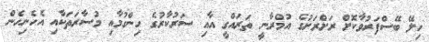
ހިލޭ ބޭސްފަރުވާކޮށް ރަށްރަށުގެ އުމްރާނީ ތަރައްގީ އާއި ސަރުކާރުގެ ހިންގުމާއި މުސާރަތަކާއި އެހެނިހެން